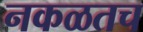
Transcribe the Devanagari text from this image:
नकळतच